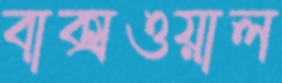
বাক্সওয়াল